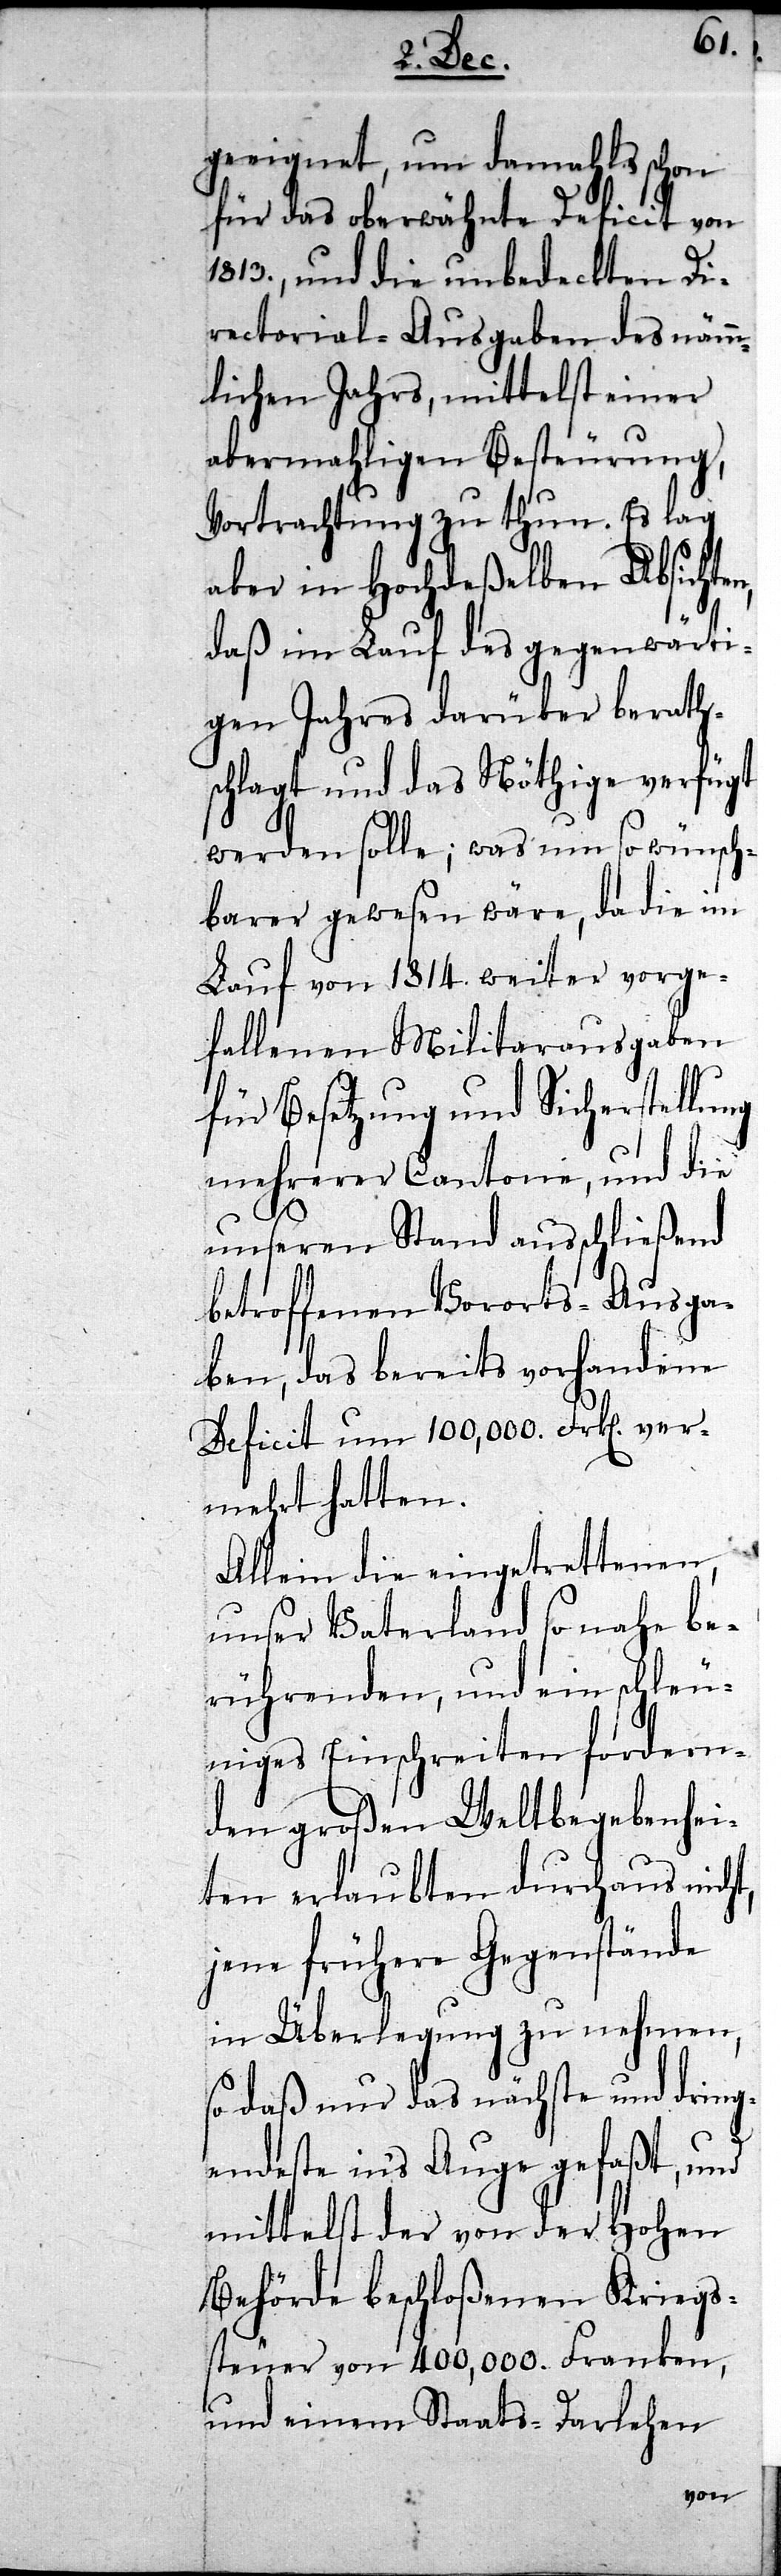
geeignet, um damahls schon
für das oberwähnte Deficit von
1813., und die unbedeckten Di¬
rectorial-Ausgaben des nämm¬
lichen Jahrs, mittelst einer
abermahligen Besteurung,
Vortrachtung zu thun. Es lag
aber in Hochdeßelben Absicht¬
daß im Lauf des gegenwärti¬
gen Jahres darüber berath¬
schlagt und das Nöthige verfügt
werden solle; was um so wünsch¬
barer gewesen wäre, da die im
Lauf von 1814. weiter vorge¬
fallenen Militarausgaben
für Besetzung und Sicherstellung
mehrerer Cantone, und die
unseren Stand ausschließend
betroffenen Vororts-Ausga¬
ben, das bereits vorhandene
Deficit um 100,000. Frken ver¬
mehrt hatten.
Allein die eingetrettenen,
unser Vaterland so nahe be¬
rührenden, und ein schleu¬
niges Einschreiten fordern¬
den großen Weltbegebenhei¬
ten erlaubten durchaus nicht,
jene frühere Gegenstände
in Überlegung zu nehmen,
so daß nur das nächste und dring¬
endste in’s Auge gefasst, und
mittelst der von der Hohen
Behörde beschloßenen Kriegs¬
steuer von 400,000. Franken,
und einem Staats-Darlehen
en,